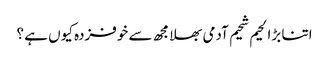
اتنا بڑا لحیم شحیم آدمی بھلا مجھ سے خوفزدہ کیوں ہے ؟